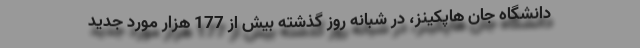
دانشگاه جان هاپکینز، در شبانه روز گذشته بیش از 177 هزار مورد جدید